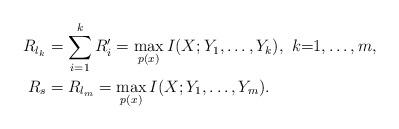
LaTeX: \begin{align*}R_{l_k} & = \sum_{i=1}^k R'_i = \max_{p(x)} I(X;Y_1,\ldots,Y_k), \ k{=}1,\ldots,m, \\R_s &= R_{l_m} = \max_{p(x)} I(X;Y_1,\ldots,Y_m).\end{align*}